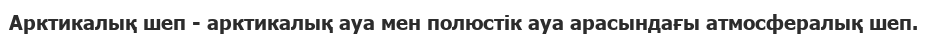
Арктикалық шеп - арктикалық ауа мен полюстік ауа арасындағы атмосфералық шеп.